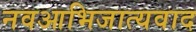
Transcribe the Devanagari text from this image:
नवआभिजात्यवाद